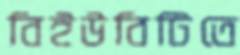
বিইউবিটিতে